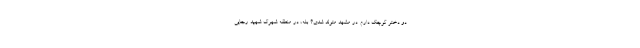
دو دختر کوچک دارم. در مشهد متولد شدی؟ بله، در منطقه شهرک شهید رجایی